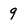
Character: 9